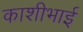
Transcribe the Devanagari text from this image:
काशीभाई